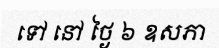
ទៅ នៅ ថ្ងៃ ៦ ឧសភា